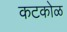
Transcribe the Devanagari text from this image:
कटकोळ